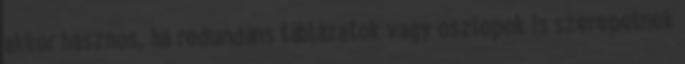
akkor hasznos, ha redundáns táblázatok vagy oszlopok is szerepelnek